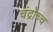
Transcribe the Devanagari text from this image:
चंद्रोच्च